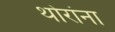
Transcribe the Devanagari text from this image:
थोरांना